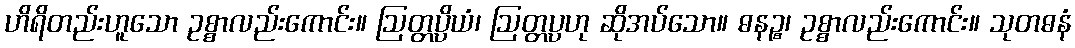
ဟိရိတည်းဟူသော ဥစ္စာလည်းကောင်း။ ဩတ္တပ္ပိယံ၊ ဩတ္တပ္ပဟု ဆိုအပ်သော။ ဓနဉ္စ၊ ဥစ္စာလည်းကောင်း။ သုတဓနံ